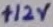
Text: +12V